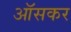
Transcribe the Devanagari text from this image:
ऑसकर